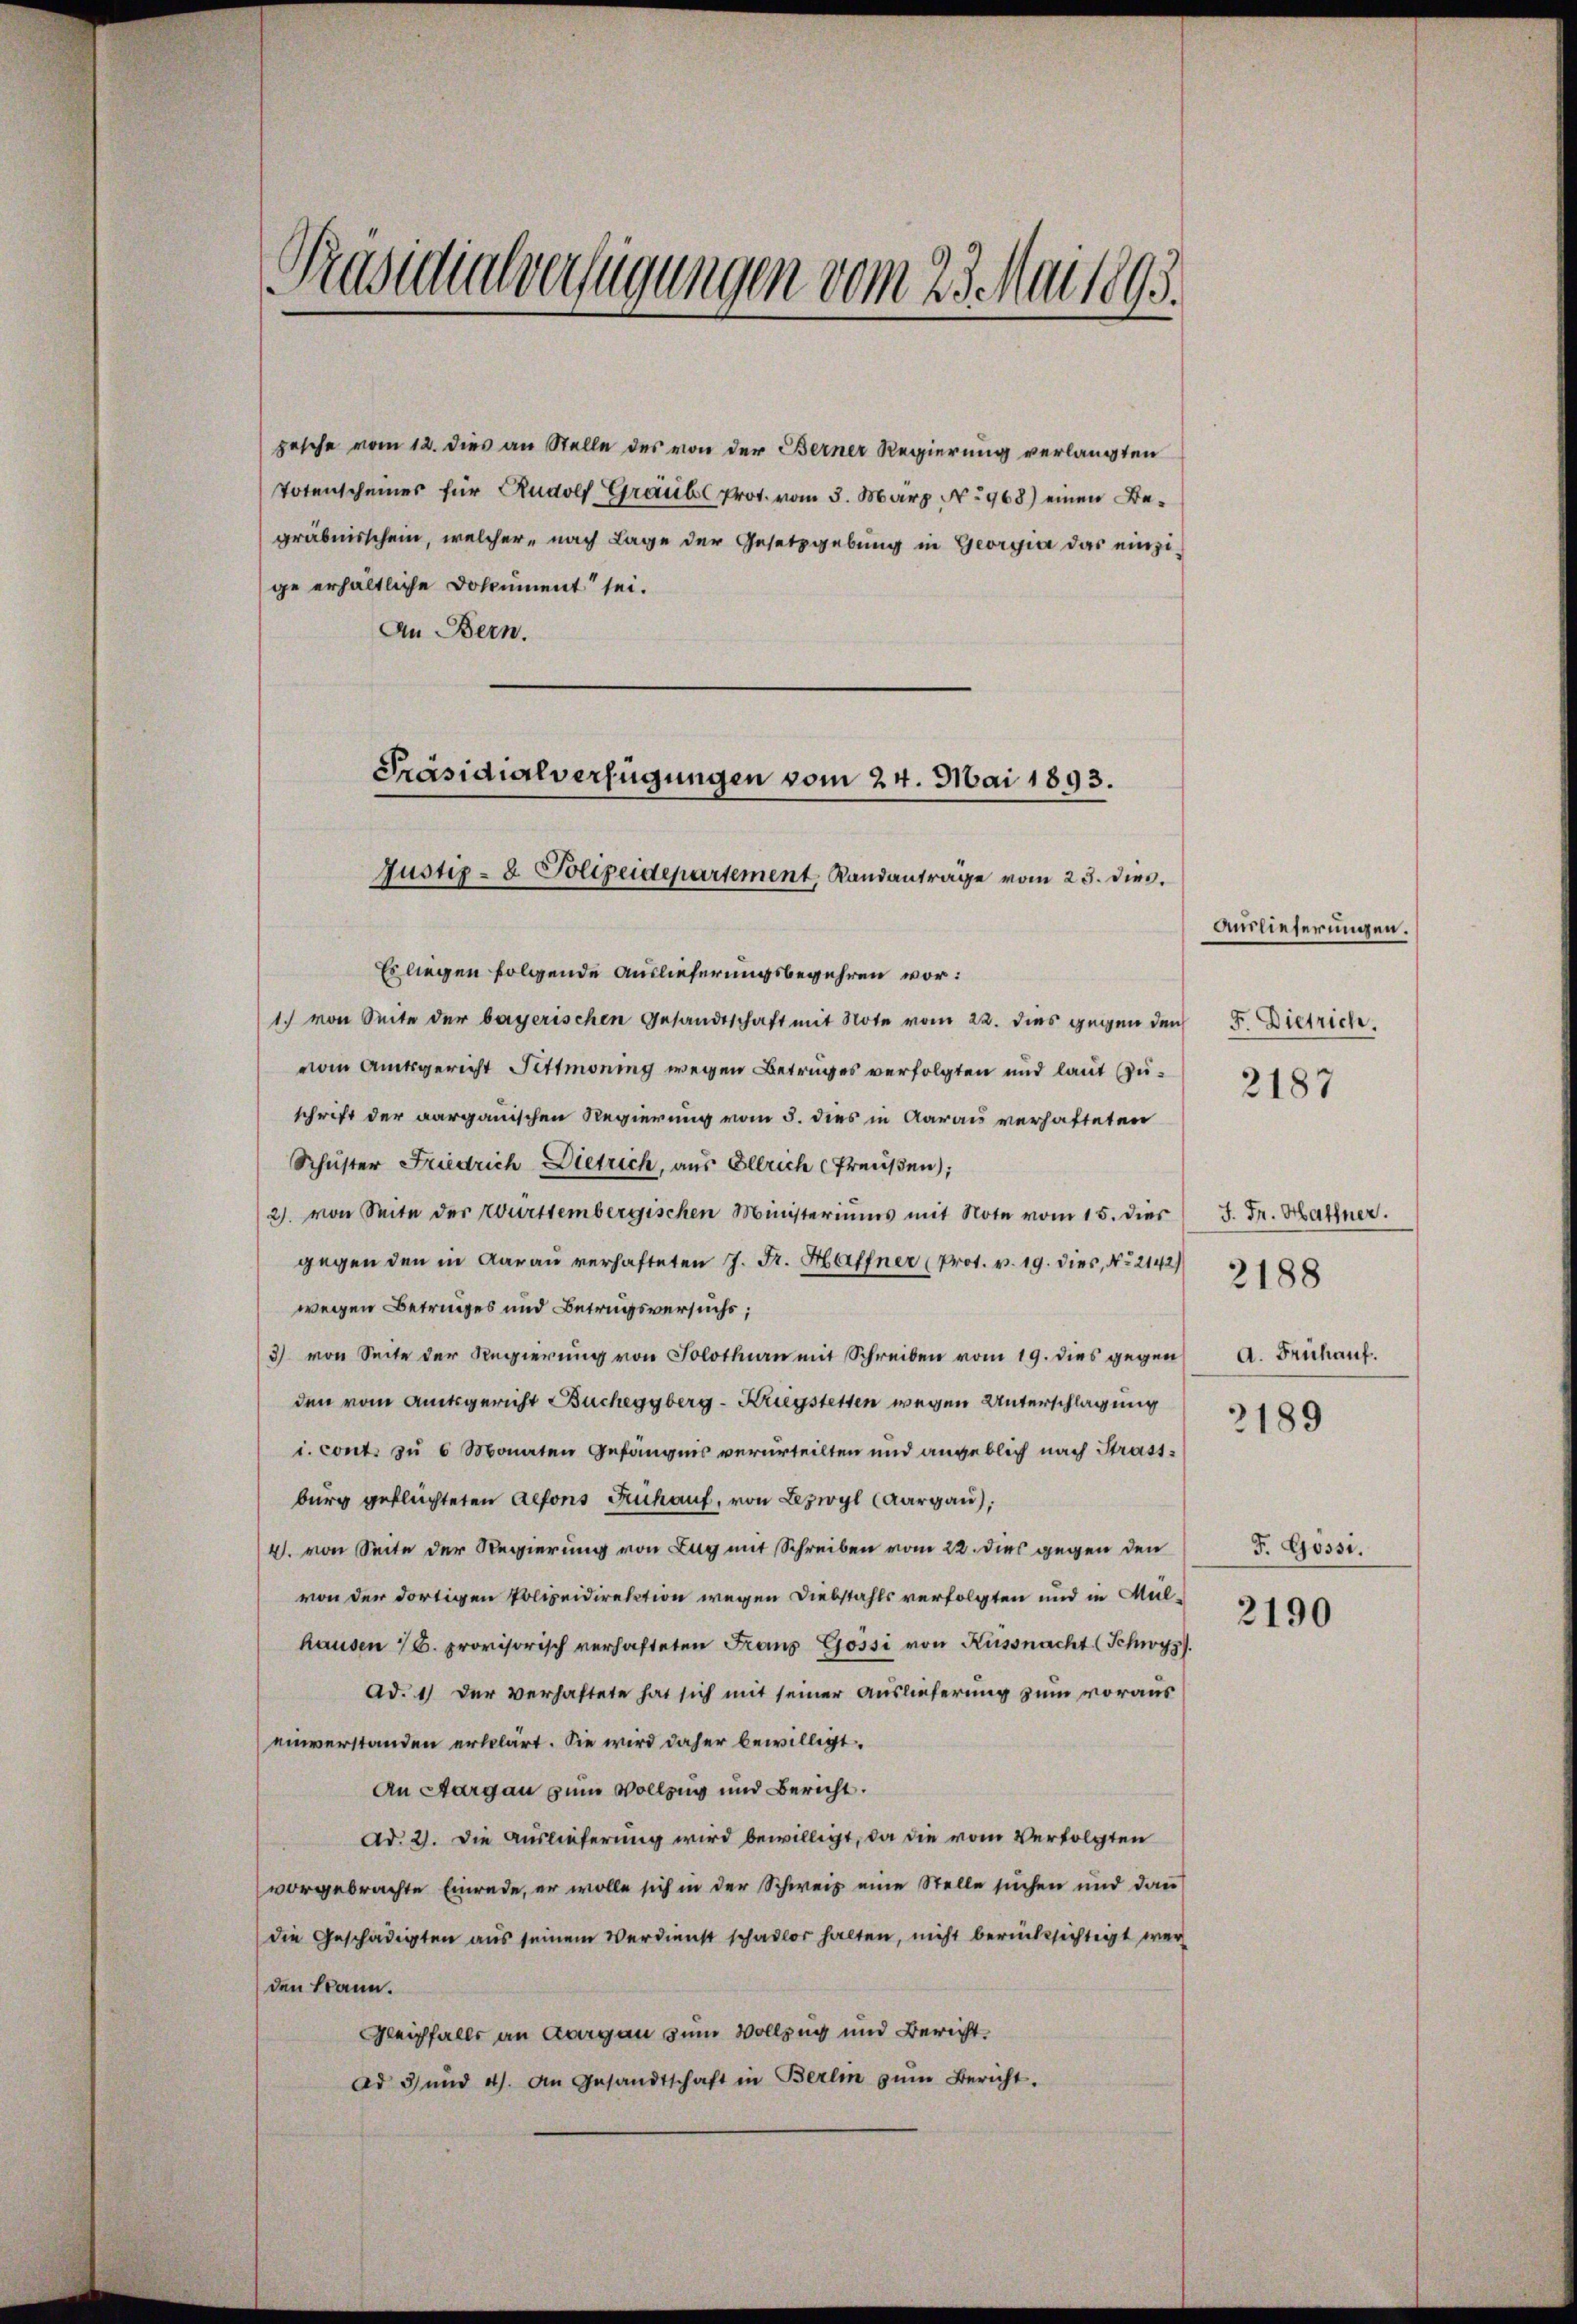
Präsidialverfügungen vom 23. Mai 1895.

An Bern.

Präsidialverfügungen vom 24. Mai 1893.
Justiz- & Polizeidepartement, Randantrage vom 25. dies.

pesche vom 12. dies an Stelle des von der Berner Regierung verlangten
Totenscheines für Rudolf Graub Prot. vom 3. März No 968) einen Begräbnisschein, welcher nach Lage der Gesetzgebung in Georgia das einzige erhältliche Dokument sei.

Es liegen folgende Auslieferungsbegehren vor:
1) von Seite der bayerischen Gesandtschaft mit Note vom 22. dies gegen den
vom Amtsgericht Fittimoning wegen Betruges verfolgten und laut Zuschrift der aargauischen Regierung vom 5. dies in Aarau verhafteten
Schuster Friedrich Dietrich, aus Ellrich Preußen);
2). von Seite der Württembergischen Ministeriums mit Note vom 15. dies
gegen den in darau verhafteten J. Fr. Haffner (Prot. v. 19. dies, No 2142)
wegen Betruges und Betrugsversuchs;
3) von Seite der Regierung von Solothurn mit Schreiben vom 19. dies gegen
den vom Amtsgericht Bucheggberg-Kriegstetten wegen Unterschlagung
i. cont. zu 6 Monaten Gefängnis verurteilten und angeblich nach Strass-
burg geflüchteten Alfons Frühauf, von Lezwyl (Aargau),
4. von Seite der Regierung von Lug mit Schreiben vom 22. dies gegen den
von der dortigen Polizeidirektion wegen Diebstahls verfolgten und in Mülhausen 16. provisorisch verhafteten Fraus Gossi von Küssnacht (Schwyz
Ad. 1) Der verhaftete hat sich mit seiner Auslieferung zum voraus
einverstanden erklärt. Sie wird daher bewilligt.
An Aargau zum Vollzug und Bericht.
Ad. 2. Die Auslieferung wird bewilligt, da die vom Verfolgten
vorgebrachte Einrede, er wolle sich in der Schweis eine Stelle suchen und dann
die Geschädigten aŭs seinem Verdienst schadlor halten, nicht berücksichtigt wer
den kann.
Gleichfalls an Aargau zum Vollzug und Bericht.
ad 3 und 4. An Gesandtschaft in Berlin zŭm Bericht.

Auslieferungen.
F. Dietrich.
2187

J. Fr. Hattner.
A. Frühauf.

2188

2189

F. Gossi.

2190